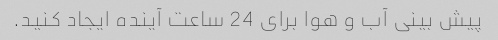
پیش بینی آب و هوا برای 24 ساعت آینده ایجاد کنید.